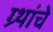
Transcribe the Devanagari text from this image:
ग्र्थांचे